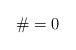
LaTeX: \begin{align*}\# = 0 \end{align*}